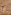
يا